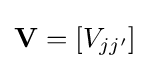
\mathbf {V} =[V_{jj'}]